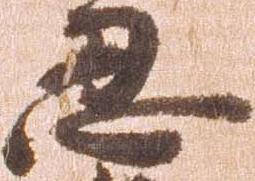
忍